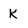
Character: k